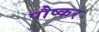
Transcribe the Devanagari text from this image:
पौष्कर